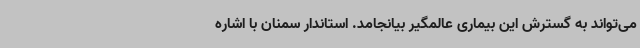
می‌تواند به گسترش این بیماری عالمگیر بیانجامد. استاندار سمنان با اشاره